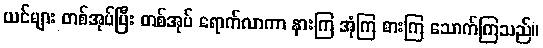
ယင်များ တစ်အုပ်ပြီး တစ်အုပ် ရောက်လာကာ နားကြ အုံကြ စားကြ သောက်ကြသည်။